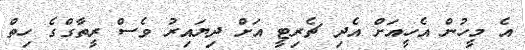
އެ މީހުން އެހީއަށް އެދި ޗެރިޓީ އަށް ދިޔައިރު ވެސް ރީތާގްގެ ހިތް